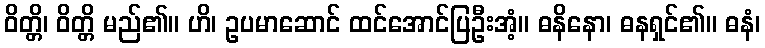
ဝိတ္တိ၊ ဝိတ္တိ မည်၏။ ဟိ၊ ဥပမာဆောင် ထင်အောင်ပြဦးအံ့။ ဓနိနော၊ ဓနရှင်၏။ ဓနံ၊